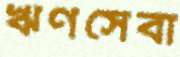
ঋণসেবা